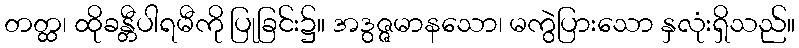
တတ္ထ၊ ထိုခန္တီပါရမီကို ပြုခြင်း၌။ အဒွဇ္ဇမာနသော၊ မကွဲပြားသော နှလုံးရှိသည်။